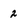
Character: 2